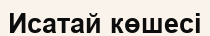
Исатай көшесі